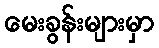
မေးခွန်းများမှာ